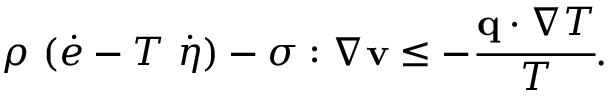
\rho ~ ( { \dot { e } } - T ~ { \dot { \eta } } ) - { \boldsymbol { \sigma } } : { \boldsymbol { \nabla } } \mathbf { v } \leq - { \cfrac { \mathbf { q } \cdot { \boldsymbol { \nabla } } T } { T } } .